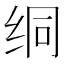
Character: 𫄡